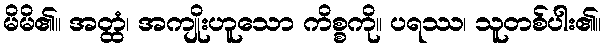
မိမိ၏။ အတ္ထံ၊ အကျိုးဟူသော ကိစ္စကို။ ပရဿ၊ သူတစ်ပါး၏။